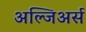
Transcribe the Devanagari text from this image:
अल्जिअर्स